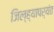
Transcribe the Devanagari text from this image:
जिल्ह्यापर्यंत